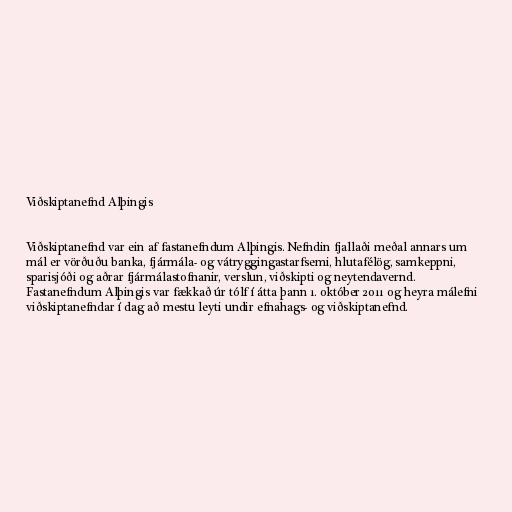
Viðskiptanefnd Alþingis

Viðskiptanefnd var ein af fastanefndum Alþingis. Nefndin fjallaði meðal annars um
mál er vörðuðu banka, fjármála- og vátryggingastarfsemi, hlutafélög, samkeppni,
sparisjóði og aðrar fjármálastofnanir, verslun, viðskipti og neytendavernd.
Fastanefndum Alþingis var fækkað úr tólf í átta þann 1. október 2011 og heyra málefni
viðskiptanefndar í dag að mestu leyti undir efnahags- og viðskiptanefnd.